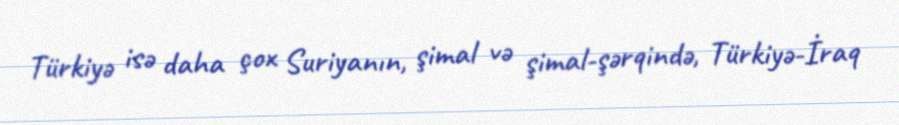
Türkiyə isə daha çox Suriyanın, şimal və şimal-şərqində, Türkiyə-İraq